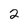
Character: 2